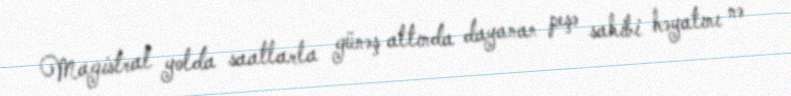
Magistral yolda saatlarla günəş altında dayanan peşə sahibi həyatını nə